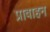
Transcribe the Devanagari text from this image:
प्रावाहन